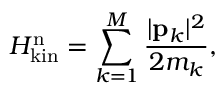
H _ { \mathrm { k i n } } ^ { \mathrm { n } } = \sum _ { k = 1 } ^ { M } { \frac { | { \bf p } _ { k } | ^ { 2 } } { 2 m _ { k } } } ,